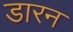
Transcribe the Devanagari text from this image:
डारन